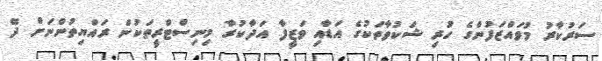
ސަރުކާރު މުވައްޒަފުންގެ ހުރި ޝަކުވާތަކުގެ އަޑާއި ވަޒީފާ އަދާކުރާ މިނިސްޓްރީތަކުން ރައްޔިތުންނަށް ދޭ